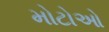
મોટોઓ